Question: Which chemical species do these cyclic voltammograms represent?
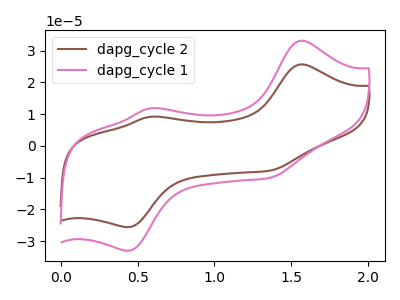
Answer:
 <answer>The brown curve is labeled "dapg_cycle 2". The pink curve is labeled "dapg_cycle 1".</answer>
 <eval></eval>